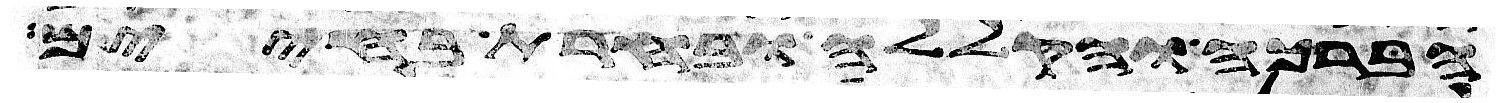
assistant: הברכה והקללה ובחרת בחיים